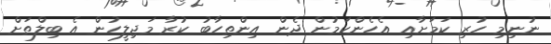
ނުނިމި ހުރި ކަމަށާއި އެހެންކަމުން ދެން އިންތިހާބު ކުރާ މަޖިލީހުން އެ ބިލްތަށް